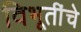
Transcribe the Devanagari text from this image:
विभूतींचे